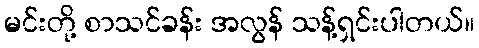
မင်းတို့ စာသင်ခန်း အလွန် သန့်ရှင်းပါတယ်။